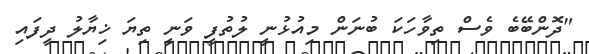
"ދޮންބޭބެ ވެސް ތިވާހަކަ ބުނަން މިއުޅުނީ ލުތުފީ ވަނީ ތިޔަ ޚިޔާލު ދީފައި